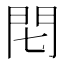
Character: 𨳍